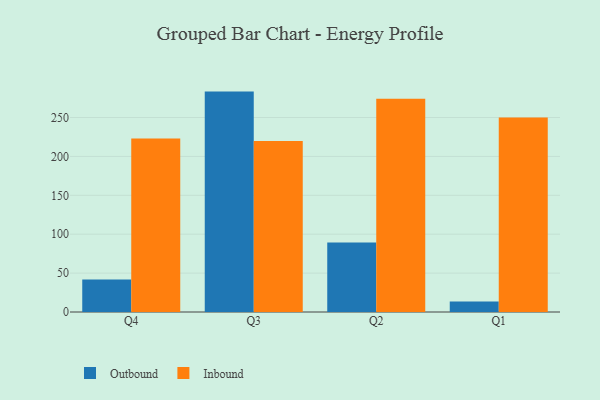
{"axis": {"x": "Quarter", "y": "Revenue (USD Million)"}, "legend": ["Inbound", "Outbound"], "data": [{"x": "Q4", "y": 41.8, "type": "Outbound"}, {"x": "Q4", "y": 222.9, "type": "Inbound"}, {"x": "Q3", "y": 283.3, "type": "Outbound"}, {"x": "Q3", "y": 219.7, "type": "Inbound"}, {"x": "Q2", "y": 89.3, "type": "Outbound"}, {"x": "Q2", "y": 274.2, "type": "Inbound"}, {"x": "Q1", "y": 13.5, "type": "Outbound"}, {"x": "Q1", "y": 249.9, "type": "Inbound"}]}